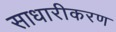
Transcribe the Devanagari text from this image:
साधारीकरण